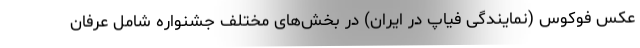
عکس فوکوس (نمایندگی فیاپ در ایران) در بخش‌های مختلف جشنواره شامل عرفان